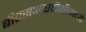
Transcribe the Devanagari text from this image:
बीएसआरटीसीमध्ये